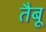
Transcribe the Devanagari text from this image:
तैबू